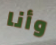
وأنا